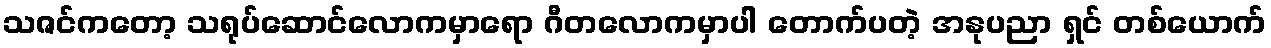
သဇင်ကတော့ သရုပ်ဆောင်လောကမှာရော ဂီတလောကမှာပါ တောက်ပတဲ့ အနုပညာ ရှင် တစ်ယောက်